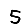
Digit: 5